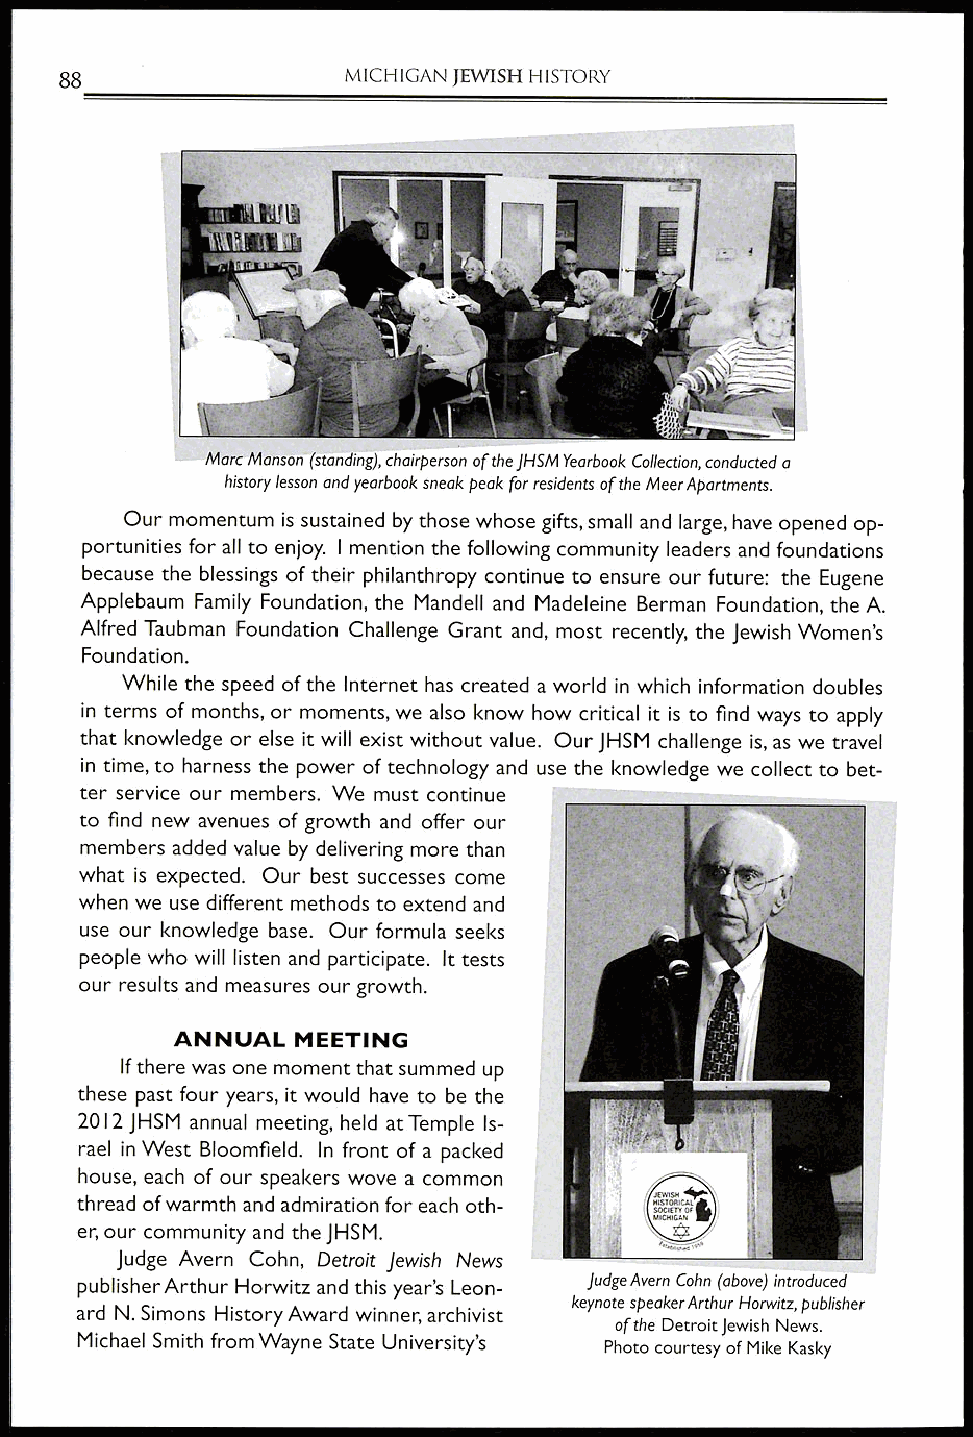
MICHIGAN JEWISH HISTORY
 88
 Marc Manson (standing), chairperson of the JHSM Yearbook Collection, conducted a
 history lesson and yearbook sneak peak for residents of the Meer Apartments.
 Our momentum is sustained by those whose gifts, small and large, have opened op-
 portunities for all to enjoy. I mention the following community leaders and foundations
 because the blessings of their philanthropy continue to ensure our future: the Eugene
 Applebaum Family Foundation, the Mandell and Madeleine Berman Foundation, the A.
 Alfred Taubman Foundation Challenge Grant and, most recently, the Jewish Women's
 Foundation.
 While the speed of the Internet has created a world in which information doubles
 in terms of months, or moments, we also know how critical it is to find ways to apply
 that knowledge or else it will exist without value. Our JHSM challenge is, as we travel
 in time, to harness the power of technology and use the knowledge we collect to bet-
 ter service our members. We must continue
 to find new avenues of growth and offer our
 members added value by delivering more than
 what is expected. Our best successes come
 when we use different methods to extend and
 use our knowledge base. Our formula seeks
 people who will listen and participate. It tests
 our results and measures our growth.
 ANNUAL MEETING
 If there was one moment that summed up
 these past four years, it would have to be the
 2012 JHSM annual meeting, held at Temple Is-
 rael in West Bloomfield. In front of a packed
 house, each of our speakers wove a common
 thread of warmth and admiration for each oth-
 er, our community and the JHSM.
 Judge Avern Cohn, Detroit Jewish News
 publisher Arthur Horwitz and this year's Leon- Judge Avern Cohn (above) introduced
 keynote speaker Arthur Horwitz, publisher
 ard N. Simons History Award winner, archivist
 of the Detroit Jewish News.
 Michael Smith from Wayne State University's
 Photo courtesy of Mike Kasky